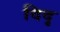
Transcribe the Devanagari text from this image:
दिदृ